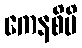
ကေနစိပိ